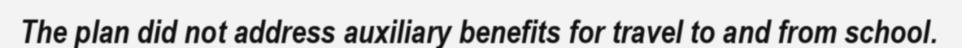
The plan did not address auxiliary benefits for travel to and from school.